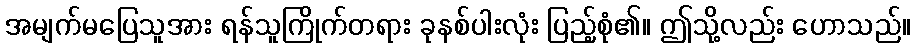
အမျက်မပြေသူအား ရန်သူကြိုက်တရား ခုနစ်ပါးလုံး ပြည့်စုံ၏။ ဤသို့လည်း ဟောသည်။